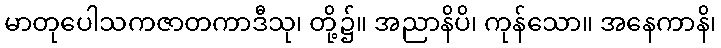
မာတုပေါသကဇာတကာဒီသု၊ တို့၌။ အညာနိပိ၊ ကုန်သော။ အနေကာနိ၊